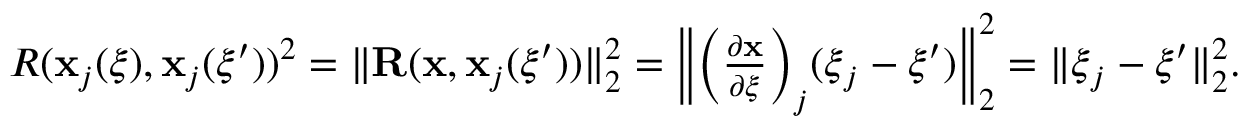
\begin{array} { r } { R ( \mathbf { x } _ { j } ( \boldsymbol { \xi } ) , \mathbf { x } _ { j } ( \boldsymbol { \xi } ^ { \prime } ) ) ^ { 2 } = \| \mathbf { R } ( \mathbf { x } , \mathbf { x } _ { j } ( \boldsymbol { \xi } ^ { \prime } ) ) \| _ { 2 } ^ { 2 } = \bigg \| \bigg ( \frac { \partial \mathbf { x } } { \partial \boldsymbol { \xi } } \bigg ) _ { j } ( \boldsymbol { \xi } _ { j } - \boldsymbol { \xi } ^ { \prime } ) \bigg \| _ { 2 } ^ { 2 } = \| \boldsymbol { \xi } _ { j } - \boldsymbol { \xi } ^ { \prime } \| _ { 2 } ^ { 2 } . } \end{array}